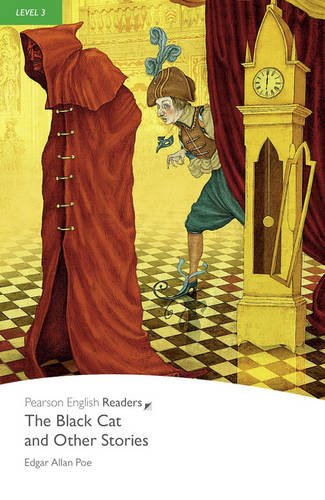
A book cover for Level 3: The Black Cat and Other Stories Book & MP3 Pack (Pearson English Graded Readers); Edgar Allan Poe; Literature & Fiction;